Bulletin of the Pasteur Institute of Southern India, Coonoor - No. 3.
Year: 1910
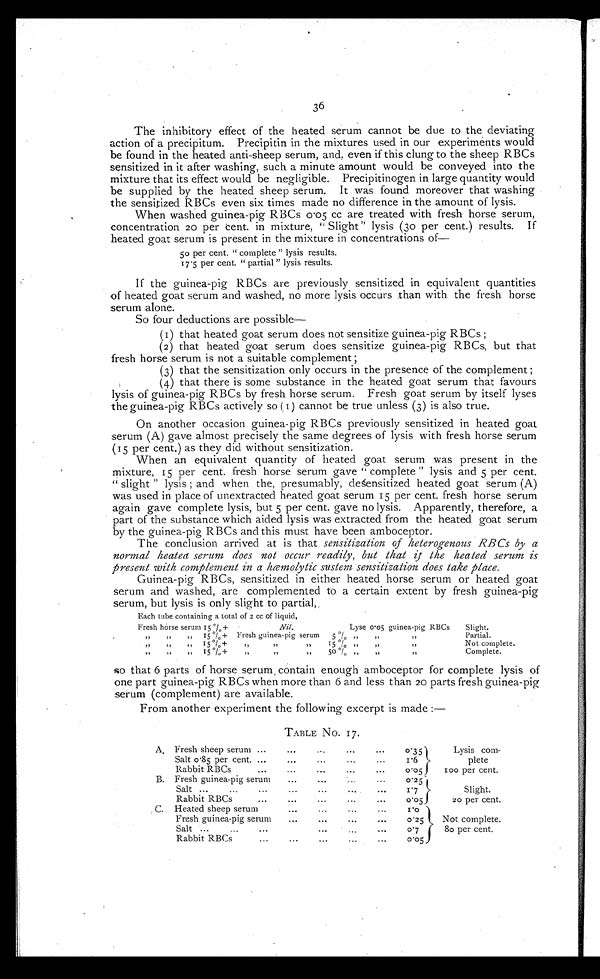
36
The inhibitory effect of the heated serum cannot be due to the deviating
action of a precipitum. Precipitin in the mixtures used in our experiments would
be found in the heated anti-sheep serum, and, even if this clung to the sheep RBCs
sensitized in it after washing, such a minute amount would be conveyed into the
mixture that its effect would be negligible. Precipitinogen in large quantity would
be supplied by the heated sheep serum. It was found moreover that washing
the sensitized RBCs even six times made no difference in the amount of lysis.
When washed guinea-pig RBCs 0.05 cc are treated with fresh horse serum,
concentration 20 per tent. in mixture, "Slight" lysis (30 per cent.) results. If
heated goat serum is present in the mixture in concentrations of-
50 per cent. " complete " lysis results.
17.5 per cent. " partial" lysis results.
If the guinea-pig RBCs are previously sensitized in equivalent quantities
of heated goat serum and washed, no more lysis occurs than with the fresh horse
serum alone.
So four deductions are possible-
(i) that heated goat serum does not sensitize guinea-pig RBCs ;
(2) that heated goat serum does sensitize guinea-pig RBCs, but that
fresh horse serum is not a suitable complement ;
(3) that the sensitization only occurs in the presence of the complement ;
(4) that there is some substance in the heated goat serum that favours
lysis of guinea-pig RBCs by fresh horse serum. Fresh goat serum by itself lyses
the guinea-pig RBCs actively so (1) cannot be true unless (3) is also true.
On another occasion guinea-pig RBCs previously sensitized in heated goat
serum (A) gave almost precisely the same degrees of lysis with fresh horse serum
(15 per cent.) as they did without sensitization.
When an equivalent quantity of heated goat serum was present in the
mixture, 15 per cent. fresh horse serum gave " complete " lysis and 5 per cent.
"slight" lysis ; and when the, presumably, deśensitized heated goat serum (A)
was used in place of unextracted heated goat serum 15 per cent. fresh horse serum
again gave complete lysis, but 5 per cent. gave no lysis. Apparently, therefore, a
part of the substance which aided lysis was extracted from the heated goat serum
- by the guinea-pig RBCs and this must have been amboceptor.
The conclusion arrived at is that sensitization of heterogenous RBCs by a
normal heatea serum does not occur readily, but that if the heated serum is
present with complement in a hæmolytic sustem sensitization does take place.
Guinea-pig RBCs, sensitized in either heated horse serum or heated goat
serum and washed, are complemented to a certain extent by fresh guinea-pig
:serum, but lysis is only slight to partial,.
Each tube containing a total of 2 cc of liquid,
Fresh
,,
,,
,,
horse
,,
, ,
,,
serum
,,
,,
,,
15 %+
15 %+
15 %+
15 1 +
Nil.
5 %
15 0/0
50 %
Lyse
„
,,
,,
0 . 0 5
„
,,
,,
guinea-pig RBCs
,,
,,
,,
Slight.
Partial.
Not complete.
Complete.
Fresh
„
,,
guinea-pig
, ,
serum
,,
,,
so that 6 parts of horse serum , contain enough amboceptor for complete lysis of
one part guinea-pig RBCs when more than 6 and less than 20 parts fresh guinea-pig
serum (complement) are available.
From another experiment the following excerpt is made :—
TABLE No. 17.
A . Fresh sheep serum ...
Salt 0 •85 per cent. ...
Rabbit RBCs
...
. . .
. . .
...
. . .
...
. . .
•••
...
...
•••
...
...
0.35
1.6
0.05
Lysis COM-
plete 1 0 0
per cent.
B. Fresh guinea-pig serum
Salt ....
...
..
Rabbit RBCs
...
...
...
...
. . .
...
...
.
...
. . .
0.25
1.7
0.05
Slight.
20 per cent.
C. Heated sheep serum
Fresh guinea-pig serum
.
...
Salt .... .
Rabbit RBCs
...
...
...
...
...
...
...
...
...
...
...
...
. . .
. . .
. . .
1.0
0.25
0.7
0.05
Not complete.
80 per cent.